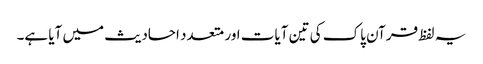
یہ لفظ قرآن پاک کی تین آیات اور متعدد احادیث میں آیا ہے۔